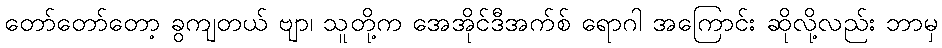
တော်တော်တော့ ခွကျတယ် ဗျာ၊ သူတို့က အေအိုင်ဒီအက်စ် ရောဂါ အကြောင်း ဆိုလို့လည်း ဘာမှ